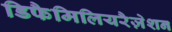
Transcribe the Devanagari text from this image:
डिफैमिलियरैज़ेशन